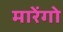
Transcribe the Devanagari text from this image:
मारेंगो